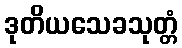
ဒုတိယသေခသုတ္တံ